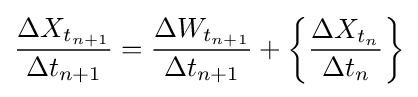
{\frac {\Delta X_{t_{n+1}}}{\Delta t_{n+1}}}={\frac {\Delta W_{t_{n+1}}}{\Delta t_{n+1}}}+{\bigg \{}{\frac {\Delta X_{t_{n}}}{\Delta t_{n}}}{\bigg \}}